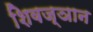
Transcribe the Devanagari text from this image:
शिवज्ञान